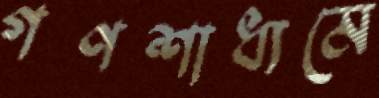
গণশাধ্যমে